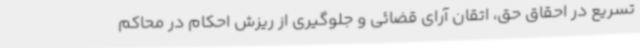
تسریع در احقاق حق، اتقان آرای قضائی و جلوگیری از ریزش احکام در محاکم